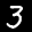
Label: 3